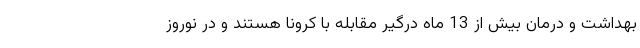
بهداشت و درمان بیش از 13 ماه درگیر مقابله با کرونا هستند و در نوروز